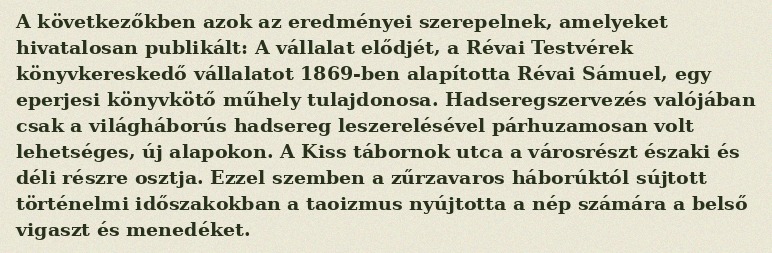
A következőkben azok az eredményei szerepelnek, amelyeket hivatalosan publikált: A vállalat elődjét, a Révai Testvérek könyvkereskedő vállalatot 1869-ben alapította Révai Sámuel, egy eperjesi könyvkötő műhely tulajdonosa. Hadseregszervezés valójában csak a világháborús hadsereg leszerelésével párhuzamosan volt lehetséges, új alapokon. A Kiss tábornok utca a városrészt északi és déli részre osztja. Ezzel szemben a zűrzavaros háborúktól sújtott történelmi időszakokban a taoizmus nyújtotta a nép számára a belső vigaszt és menedéket.